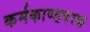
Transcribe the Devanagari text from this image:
कर्मकाण्डपरक